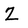
Character: Z